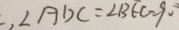
\angle A D C = \angle B E C = 9 0 ^ { \circ }